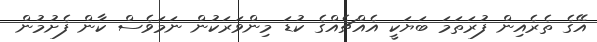
އޭގެ ތެރެއިން ފުރަތަމަ ބަޔަކީ އެއްޗެއްގެ ކުޑަ މިންވަރަކުން ނަމަވެސް ކާން ފެށުމުން